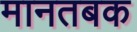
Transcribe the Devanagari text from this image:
मानतबक